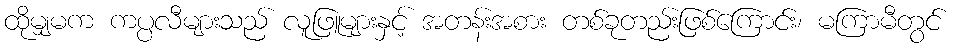
ထိုမျှမက ကပ္ပလီများသည် လူဖြူများနှင့် အတန်းအစား တစ်ခုတည်းဖြစ်ကြောင်း၊ မကြာမီတွင်